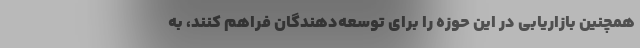
همچنین بازاریابی در این حوزه را برای توسعه‌دهندگان فراهم کنند، به